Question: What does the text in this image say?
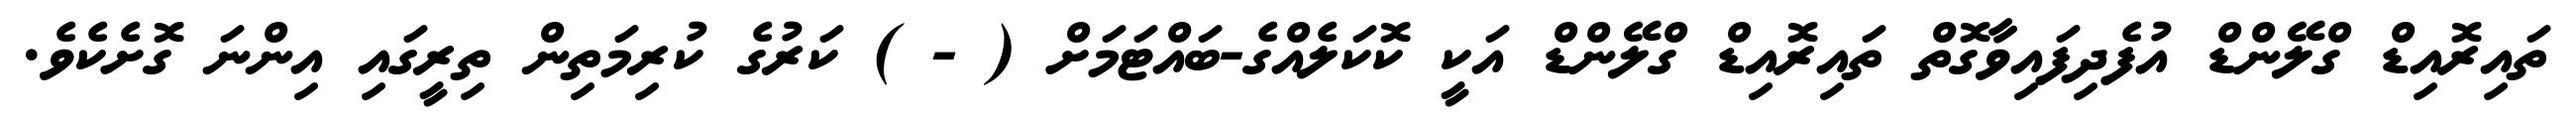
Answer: ތައިރޮއިޑް ގްލޭންޑް އުފެދިފައިވާގޮތް ތައިރޮއިޑް ގްލޭންޑް އަކީ ކޮކަލެއްގެ-ބައްޓަމަށް ( - ) ކަރުގެ ކުރިމަތިން ތިރީގައި އިންނަ ގޮށެކެވެ.